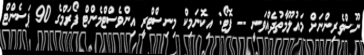
ނޫސްވެރިންނަށް މައުލޫމާތުދެއްވަނީ -- ފޮޓޯ: އިކޮނަމިކް މިނިސްޓްރީ އިންވެސްޓްމެންޓް ފޯރަމްގެ 90 ޕަސެންޓް